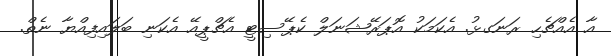
އާ އެއްޗެހި ރަނަގޅު. އެކަމަކު އޮޕަރޭޝަނަލް ކެޕޭސިޓީ އެޗްޕީއޭ އެކަނި ބަލައިފިިއްޔާ ނެތް.